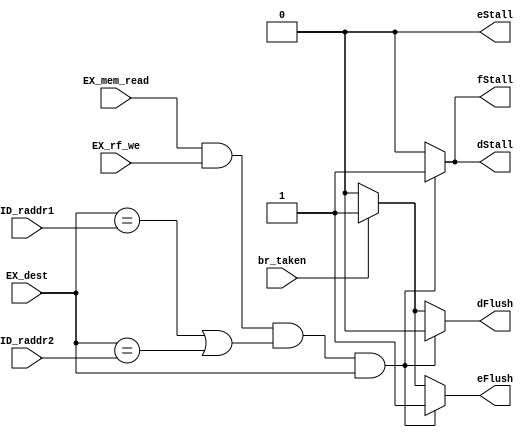
`timescale 1ns / 1ps
//////////////////////////////////////////////////////////////////////////////////
// Company: 
// Engineer: 
// 
// Design Name: 
// Module Name: Hazard
// Project Name: 
// Target Devices: 
// Tool Versions: 
// Description: 
// 
// Dependencies: 
// 
// Revision:
// Revision 0.01 - File Created
// Additional Comments:
// 
//////////////////////////////////////////////////////////////////////////////////


module Hazard(
    input           [ 4: 0]         ID_raddr1,
    input           [ 4: 0]         ID_raddr2,
    input           [ 4: 0]         EX_dest,
    input           [ 0: 0]         EX_mem_read,
    input           [ 0: 0]         EX_rf_we,
    input           [ 0: 0]         br_taken,

    output  reg     [ 0: 0]         dStall,
    output  reg     [ 0: 0]         dFlush,
    output  reg     [ 0: 0]         eStall,
    output  reg     [ 0: 0]         eFlush,
    output  reg     [ 0: 0]         fStall
);
    always @(*) begin
        dStall = 0;
        dFlush = 0;
        eStall = 0;
        eFlush = 0;
        fStall = 0;
        if(EX_mem_read && EX_rf_we && (EX_dest == ID_raddr1 || EX_dest == ID_raddr2) && EX_dest) begin
            eFlush = 1; // ID_EX
            dStall = 1; // IF_ID
            fStall = 1; // PC
        end
        else if(br_taken) begin
            eFlush = 1; // ID_EX
            dFlush = 1; // IF_ID
        end
    end
endmodule